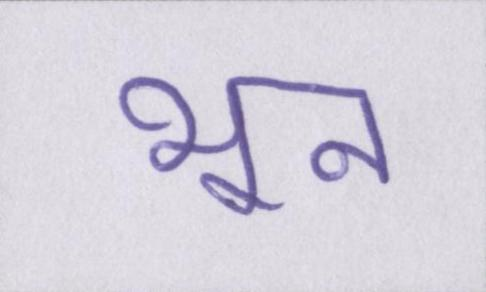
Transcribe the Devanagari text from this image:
भून